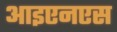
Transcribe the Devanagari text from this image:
आइएनएस